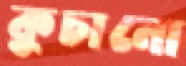
কুচানো